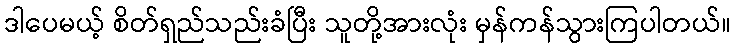
ဒါပေမယ့် စိတ်ရှည်သည်းခံပြီး သူတို့အားလုံး မှန်ကန်သွားကြပါတယ်။